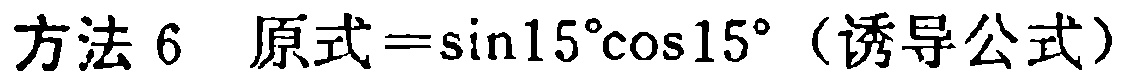
方法 6 原式$=\sin15^{\circ}\cos15^{\circ}$（诱导公式）